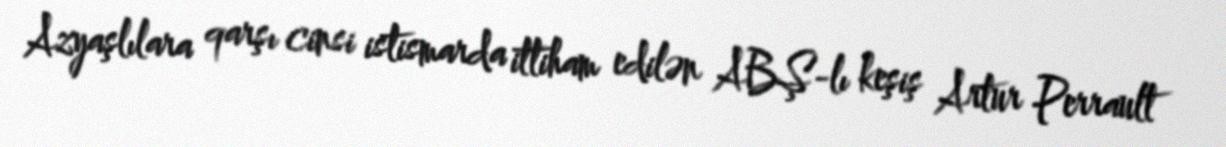
Azyaşlılara qarşı cinsi istismarda ittiham edilən ABŞ-lı keşiş Artur Perrault